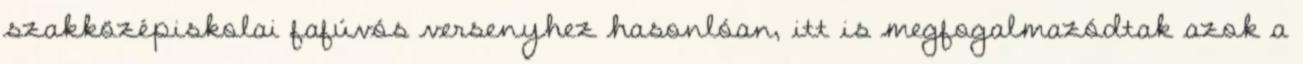
szakközépiskolai fafúvós versenyhez hasonlóan, itt is megfogalmazódtak azok a